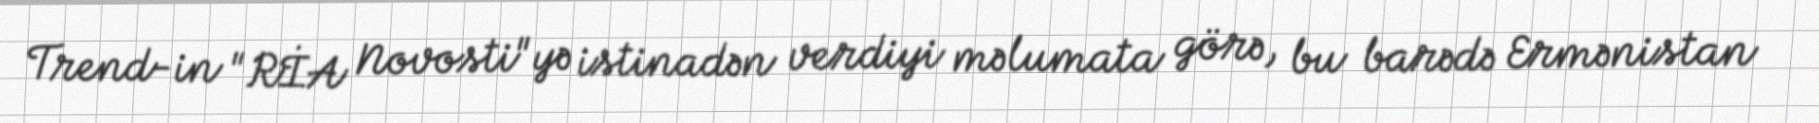
Trend-in "RİA Novosti"yə istinadən verdiyi məlumata görə, bu barədə Ermənistan